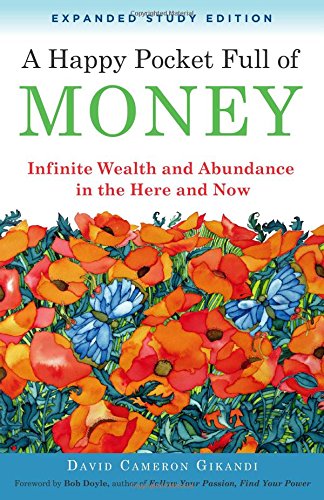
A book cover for A Happy Pocket Full of Money, Expanded Study Edition: Infinite Wealth and Abundance in the Here and Now; David Cameron Gikandi; Business & Money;